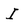
Character: I